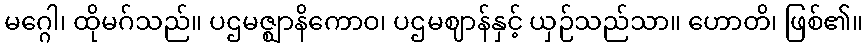
မဂ္ဂေါ၊ ထိုမဂ်သည်။ ပဌမဇ္ဈာနိကောဝ၊ ပဌမဈာန်နှင့် ယှဉ်သည်သာ။ ဟောတိ၊ ဖြစ်၏။